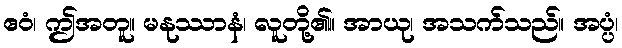
ဧဝံ၊ ဤအတူ။ မနုဿာနံ၊ လူတို့၏။ အာယု၊ အသက်သည်။ အပ္ပံ၊